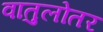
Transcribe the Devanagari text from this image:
वातुलोतर